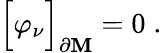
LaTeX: \Bigr[\varphi_{\nu}\Bigr]_{\partial\mathbf{M}}=0\; .